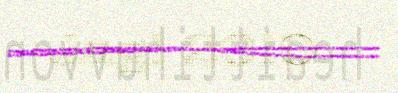
Jagi 2010